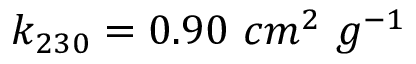
{ k _ { 2 3 0 } = 0 . 9 0 \ c m ^ { 2 } \ g ^ { - 1 } }